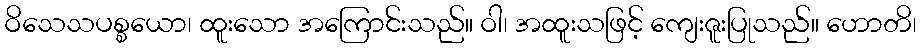
ဝိသေသပစ္စယော၊ ထူးသော အကြောင်းသည်။ ဝါ၊ အထူးသဖြင့် ကျေးဇူးပြုသည်။ ဟောတိ၊